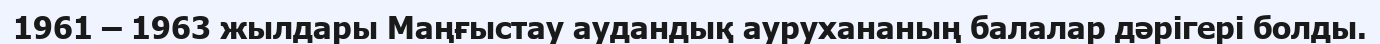
1961 – 1963 жылдары Маңғыстау аудандық аурухананың балалар дәрігері болды.